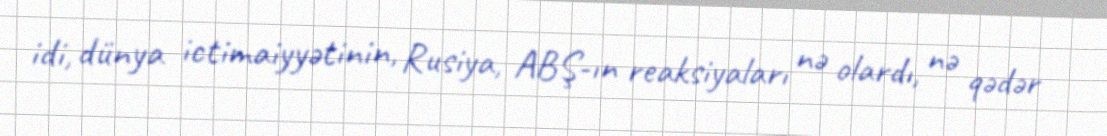
idi, dünya ictimaiyyətinin, Rusiya, ABŞ-ın reaksiyaları nə olardı, nə qədər